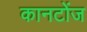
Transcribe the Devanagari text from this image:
कानटोंज